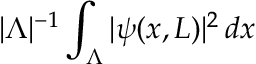
\vert \Lambda \vert ^ { - 1 } \int _ { \Lambda } \vert \psi ( x , L ) \vert ^ { 2 } \, d x